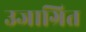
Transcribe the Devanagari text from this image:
उजाग्रित